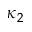
\kappa _ { 2 }